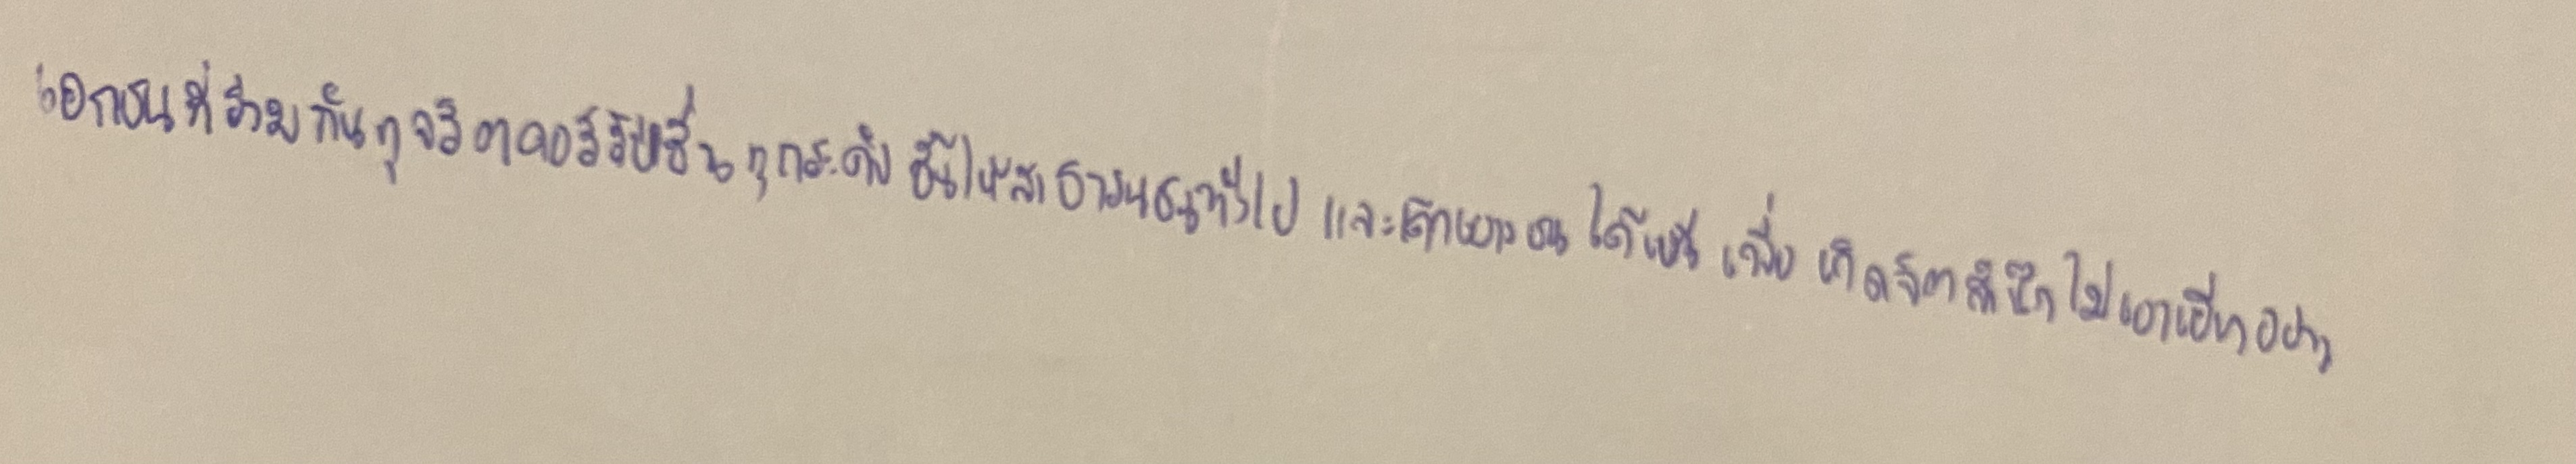
เอกชนที่ร่วมกันทุจริตคอร์รัปชั่นทุกระดับชั้นให้สาธารณชนทั่วไปและเด็กเยาวชนได้เห็นเพื่อเกิดจิตสำนึกไม่เอาเยี่ยงอย่าง